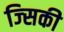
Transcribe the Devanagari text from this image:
ज्सिकी